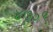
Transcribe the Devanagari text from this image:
४७०९